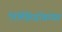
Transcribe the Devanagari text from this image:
निर्मितिप्रक्रियेत